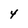
Character: 4